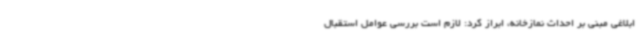
ابلاغی مبنی بر احداث نمازخانه، ابراز کرد: لازم است بررسی عوامل استقبال